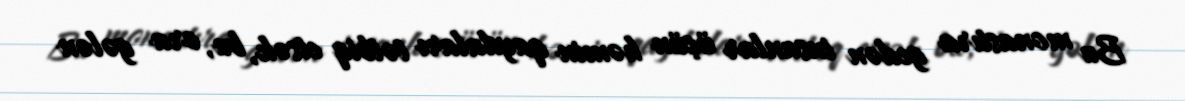
Bu monastıra gedən insanlar üçün həmin qaydaları tətbiq etsək, bu, ora gələn